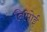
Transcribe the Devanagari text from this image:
निमोई